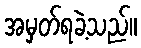
အမှတ်ရခဲ့သည်။